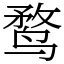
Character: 鹜